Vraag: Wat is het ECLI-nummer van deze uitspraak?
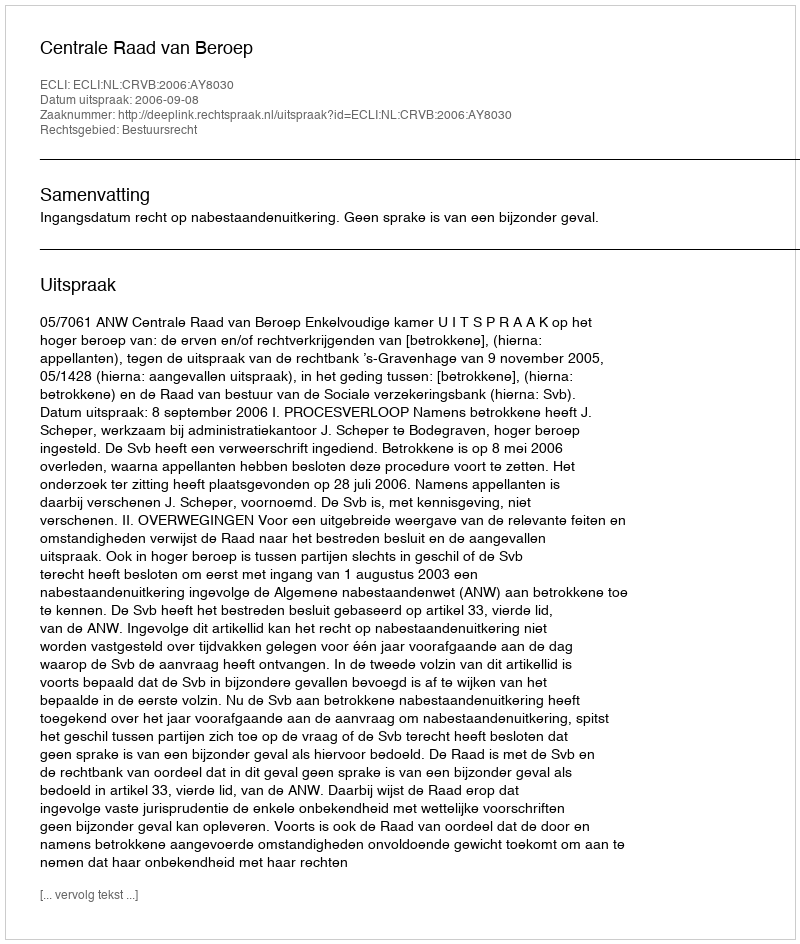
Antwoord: ECLI:NL:CRVB:2006:AY8030